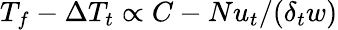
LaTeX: T_{f}-\Delta T_{t}\propto C-Nu_{t}/(\delta_{t}w)